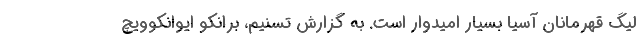
لیگ قهرمانان آسیا بسیار امیدوار است. به گزارش تسنیم، برانکو ایوانکوویچ